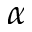
\alpha